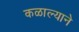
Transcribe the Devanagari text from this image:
कळाल्याने